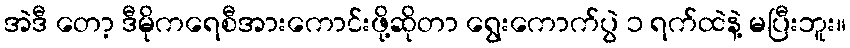
အဲဒီ တော့ ဒီမိုကရေစီအားကောင်းဖို့ဆိုတာ ရွေးကောက်ပွဲ ၁ ရက်ထဲနဲ့ မပြီးဘူး။